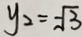
y _ { 2 } = - \sqrt { 3 }